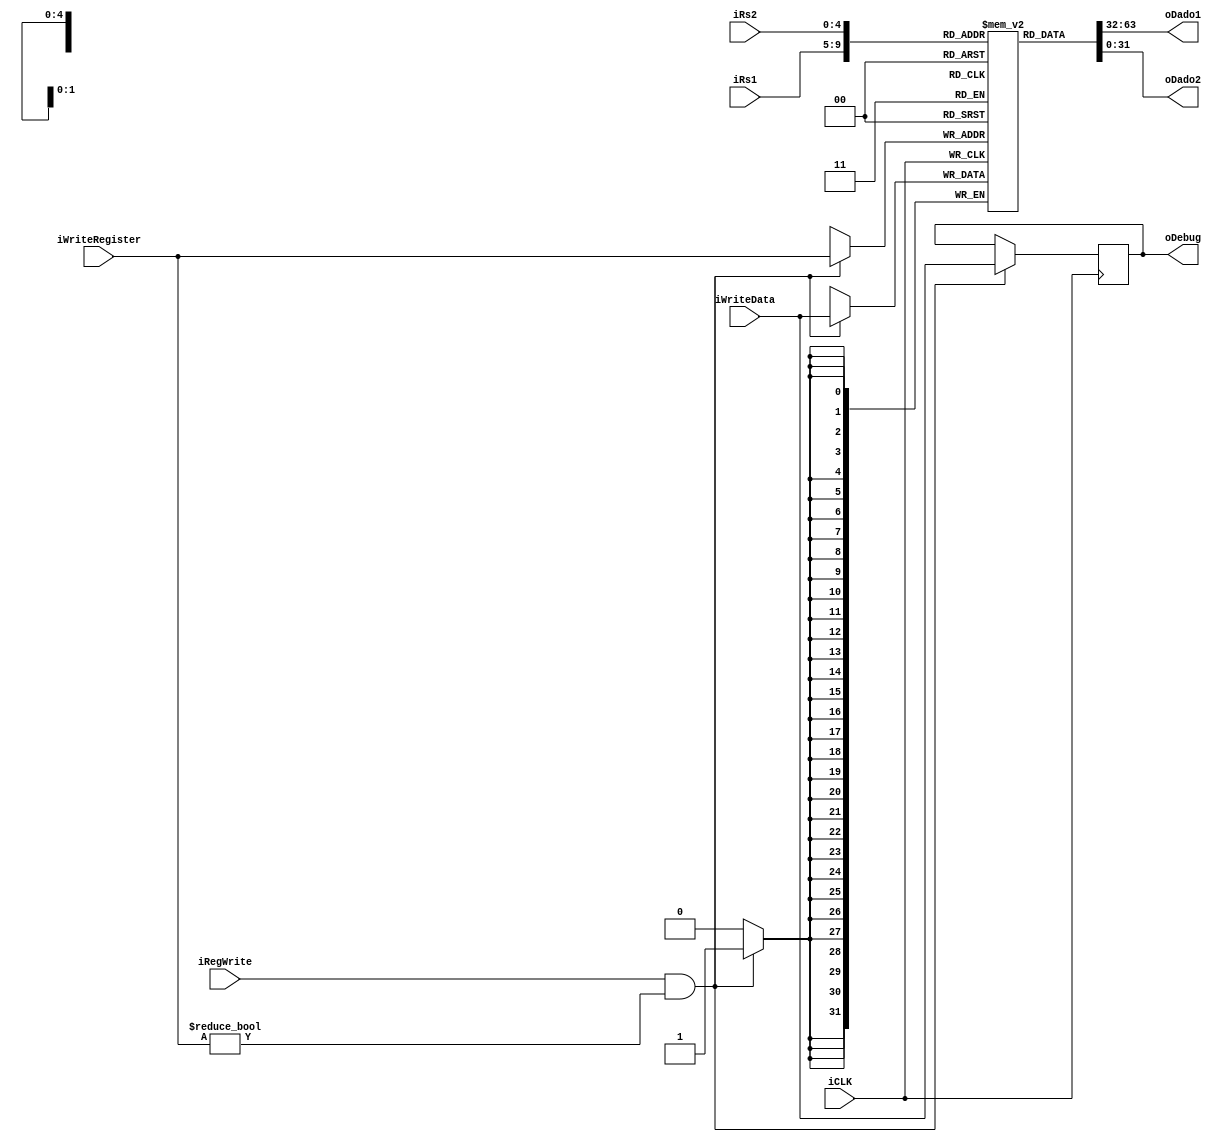
module BancoReg(
	input wire iCLK, iRegWrite, 
	input wire [4:0] iRs1, iRs2, iWriteRegister,
	input wire [31:0]iWriteData,
	output wire [31:0] oDado1,	
	output wire [31:0] oDado2,
	output wire [31:0] oDebug
);

reg [31:0] BR[31:0];
parameter SPR = 5'd2; // endereço da pilha (SP)
integer i;

initial 
begin	
	for(i = 0; i <= 31; i = i + 1)
		BR[i] = 32'd0;
	BR[SPR] = 32'd1020;
	BR[10] = 32'd80;
	BR[11] = 32'd96;
end
	
assign oDado1 = BR[iRs1];
assign oDado2 = BR[iRs2];

always @(posedge iCLK)
begin
	i <= 6'b0;
	if(iRegWrite && (iWriteRegister != 5'b0))
	begin
		BR[iWriteRegister] <= iWriteData;
		oDebug <= iWriteData;
	end
end


endmodule